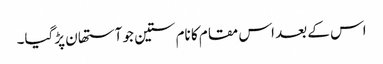
اس کے بعد اس مقام کا نام ستین جو آستھان پڑگیا۔